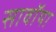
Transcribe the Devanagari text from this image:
सावॉया